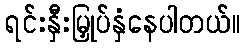
ရင်းနှီးမြှုပ်နှံနေပါတယ်။